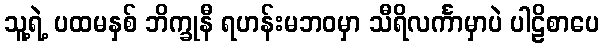
သူ့ရဲ့ ပထမနှစ် ဘိက္ခုနီ ရဟန်းမဘဝမှာ သီရိလင်္ကာမှာပဲ ပါဠိစာပေ